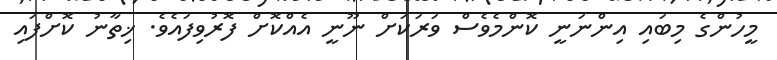
މީހުންގެ މިބައި އިންނަނީ ކޮންމެވެސް ވަރަކަށް ނޫނީ އެއްކޮށް ފޮރުވިފައެވެ. ޚިތާނު ކޮށްފައި